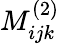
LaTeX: M_{ijk}^{(2)}